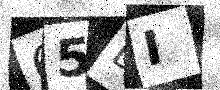
Text: 65LI